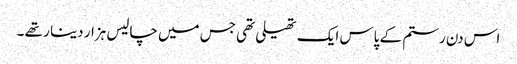
اس دن رستم کے پاس ایک تھیلی تھی جس میں چالیس ہزار دینا ر تھے ۔